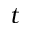
t